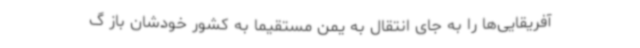
آفریقایی‌ها را به جای انتقال به یمن مستقیماً به کشور خودشان باز گ